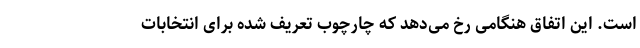
است. این اتفاق هنگامی رخ می‌دهد که چارچوب تعریف شده برای انتخابات